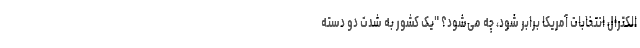
الکترال انتخابات آمریکا برابر شود، چه می‌شود؟ "یک کشور به شدت دو دسته